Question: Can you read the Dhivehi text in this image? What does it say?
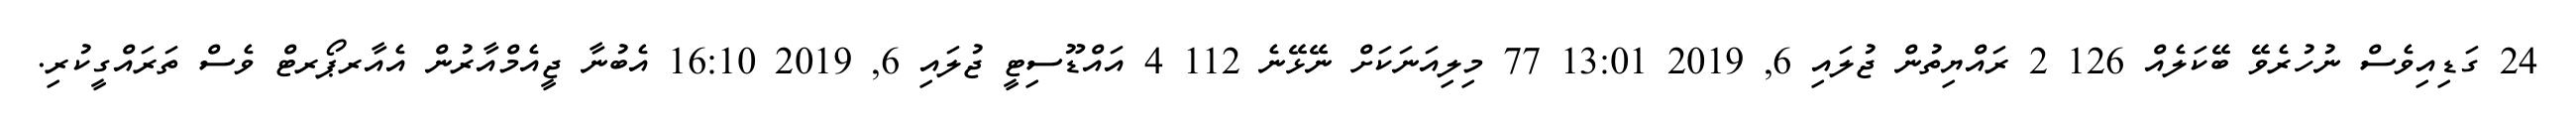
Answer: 24 ގަޑިއިވެސް ނުހުރެވޭ ބޭކަލެއް 126 2 ރައްޔިތުން ޖުލައި 6, 2019 13:01 77 މިލިއަނަކަށް ނޭޅޭނެ 112 4 އައްޑޫސިޓީ ޖުލައި 6, 2019 16:10 އެބުނާ ޖީއެމްއާރުން އެއާރޕޯރޓް ވެސް ތަރައްގީކުރި.